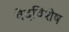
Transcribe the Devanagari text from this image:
वेदविशेष